Annual administration report of the Civil Veterinary Department of India - 1897-1898
Year: 1897
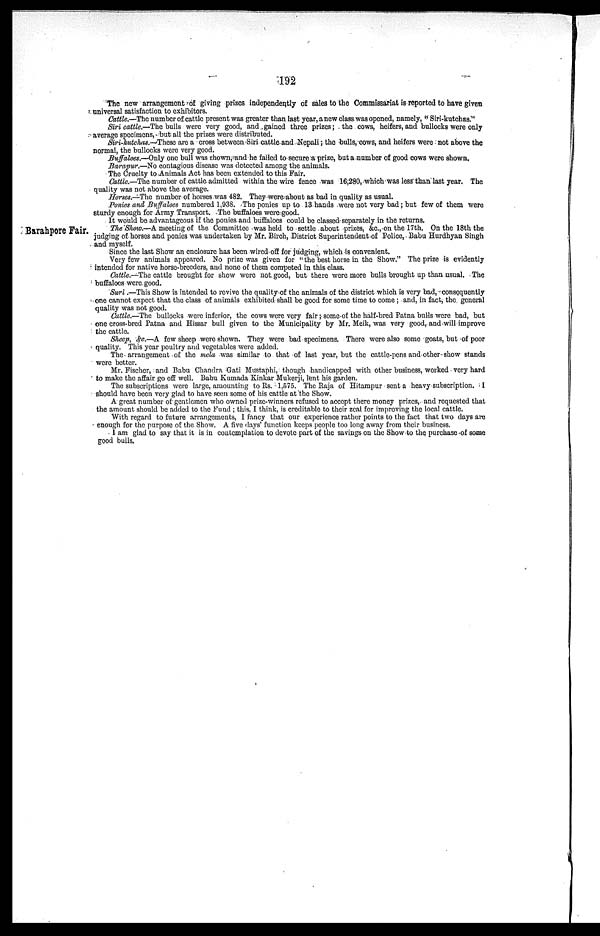
192
The new arrangement of giving prizes independently of sales to the Commissariat is reported to have given
universal satisfaction to exhibitors.
Cattle.—The number of cattle present was greater than last year, anew class was opened, namely, "Siri-kutchas."
Siri cattle.—The bulls were very good, and gained three prizes; the cows, heifers, and bullocks were only
average specimens, but all the prizes were distributed.
Siri-kutchas.-These are a cross between Siri cattle and Nepali; the bulls, cows, and heifers were not above the
normal, the bullocks were very good.
Buffaloes.—Only one bull was shown, and he failed to secure a prize, but a number of good cows were shown.
Barapur.—No contagious disease was detected among the animals.
The Cruelty to Animals Act has been extended to this Fair.
Cattle.—The number of cattle admitted within the wire fence was 16,280, which was less than last year. The
quality was not above the average.
Horses.—The number of horses was 482. They were about as bad in quality as usual.
Ponies and Buffaloes numbered 1,938. The ponies up to 13 hands were not very bad; but few of them were
sturdy enough for Army Transport. The buffaloes were good.
It would be advantageous if the ponies and buffaloes could be classed separately in the returns.
Barahpore Fair.
The Show.—A meeting of the Committee was held to settle about prizes, &c., on the 17th. On the 18th the
judging of horses and ponies was undertaken by Mr. Birch, District Superintendent of Police, Babu Hurdhyan Singh
and myself.
Since the last Show an enclosure has been wired off for judging, which is convenient.
Very few animals appeared. No prize was given for "the best horse in the Show." The prize is evidently
intended for native horse-breeders, and none of them competed in this class.
Cattle.—The cattle brought for show were not good, but there were more bulls brought up than usual. The
buffaloes were good.
Suri.—This Show is intended to revive the quality of the animals of the district which is very bad, consequently
one cannot expect that the class of animals exhibited shall be good for some time to come; and, in fact, the general
quality was not good.
Cattle.—The bullocks were inferior, the cows were very fair; some of the half-bred Patna bulls were bad, but
one cross-bred Patna and Hissar bull given to the Municipality by Mr. Meik, was very good, and will improve
the cattle.
Sheep, &c.—A few sheep were shown. They were bad specimens. There were also some goats, but of poor
quality. This year poultry and vegetables were added.
The arrangement of the mela was similar to that of last year, but the cattle-pens and other show stands
were better.
Mr. Fischer, and Babu Chandra Gati Mustaphi, though handicapped with other business, worked very hard
to make the affair go off well. Babu Kumada Kinkar Mukerji, lent his garden.
The subscriptions were large, amounting to Rs. 1,575. The Raja of Hitampur sent a heavy subscription. I
should have been very glad to have seen some of his cattle at the Show.
A great number of gentlemen who owned prize-winners refused to accept there money prizes, and requested that
the amount should be added to the Fund; this, I think, is creditable to their zeal for improving the local cattle.
With regard to future arrangements, I fancy that our experience rather points to the fact that two days are
enough for the purpose of the Show. A five days' function keeps people too long away from their business.
I am glad to say that it is in contemplation to devote part of the savings on the Show to the purchase of some
good bulls.